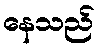
နေသည်